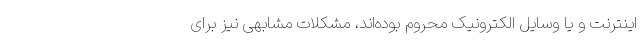
اینترنت و یا وسایل الکترونیک محروم بوده‌اند، مشکلات مشابهی نیز برای